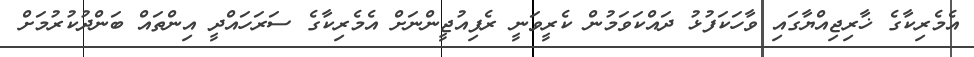
އެމެރިކާގެ ޚާރިޖިއްޔާގައި ވާހަކަފުޅު ދައްކަވަމުން ކެރީވަނީ ރެފިއުޖީންނަށް އެމެރިކާގެ ސަރަހައްދީ އިންތައް ބަންދުކުރުމަށް